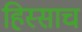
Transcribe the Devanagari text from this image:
हिस्साच